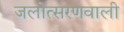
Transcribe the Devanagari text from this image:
जलोत्सरणवाली